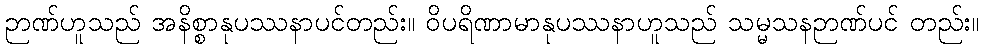
ဉာဏ်ဟူသည် အနိစ္စာနုပဿနာပင်တည်း။ ဝိပရိဏာမာနုပဿနာဟူသည် သမ္မသနဉာဏ်ပင် တည်း။